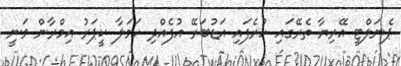
ޕެނަލްޓީ އޭރިޔާ ތެރޭގައި ހުރެފައި އަޑުބަރޭ އުފެއްދި ހަމަލާ ކީޕަރު އިމްރާން ވަނީ